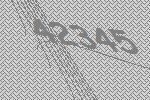
42345